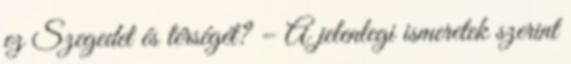
ez Szegedet és térségét? – A jelenlegi ismeretek szerint